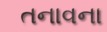
તનાવના